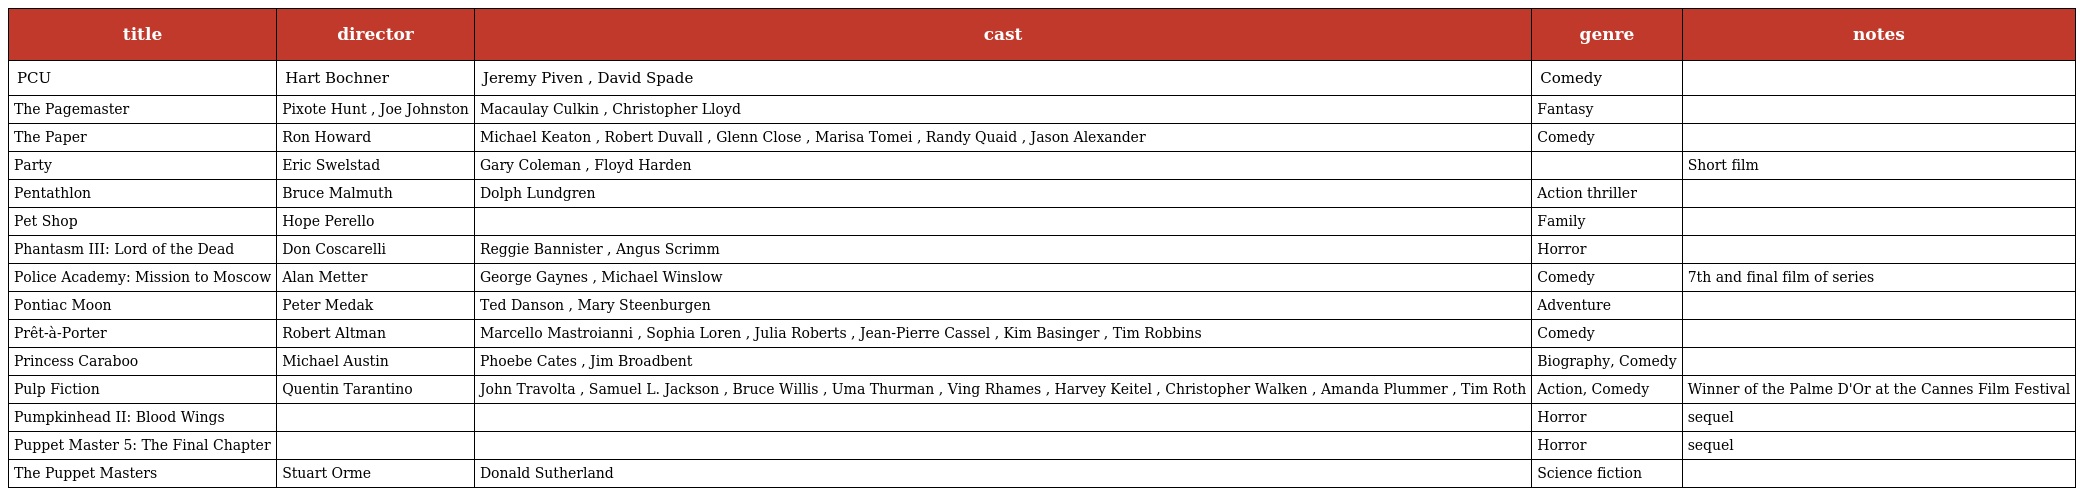
| title | director | cast | genre | notes |
 | --- | --- | --- | --- | --- |
 | PCU | Hart Bochner | Jeremy Piven , David Spade | Comedy |  |
 | The Pagemaster | Pixote Hunt , Joe Johnston | Macaulay Culkin , Christopher Lloyd | Fantasy |  |
 | The Paper | Ron Howard | Michael Keaton , Robert Duvall , Glenn Close , Marisa Tomei , Randy Quaid , Jason Alexander | Comedy |  |
 | Party | Eric Swelstad | Gary Coleman , Floyd Harden |  | Short film |
 | Pentathlon | Bruce Malmuth | Dolph Lundgren | Action thriller |  |
 | Pet Shop | Hope Perello |  | Family |  |
 | Phantasm III: Lord of the Dead | Don Coscarelli | Reggie Bannister , Angus Scrimm | Horror |  |
 | Police Academy: Mission to Moscow | Alan Metter | George Gaynes , Michael Winslow | Comedy | 7th and final film of series |
 | Pontiac Moon | Peter Medak | Ted Danson , Mary Steenburgen | Adventure |  |
 | Prêt-à-Porter | Robert Altman | Marcello Mastroianni , Sophia Loren , Julia Roberts , Jean-Pierre Cassel , Kim Basinger , Tim Robbins | Comedy |  |
 | Princess Caraboo | Michael Austin | Phoebe Cates , Jim Broadbent | Biography, Comedy |  |
 | Pulp Fiction | Quentin Tarantino | John Travolta , Samuel L. Jackson , Bruce Willis , Uma Thurman , Ving Rhames , Harvey Keitel , Christopher Walken , Amanda Plummer , Tim Roth | Action, Comedy | Winner of the Palme D'Or at the Cannes Film Festival |
 | Pumpkinhead II: Blood Wings |  |  | Horror | sequel |
 | Puppet Master 5: The Final Chapter |  |  | Horror | sequel |
 | The Puppet Masters | Stuart Orme | Donald Sutherland | Science fiction |  |